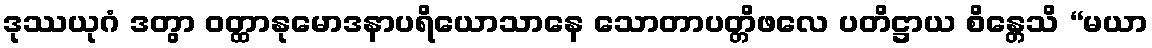
ဒုဿယုဂံ ဒတွာ ဝတ္ထာနုမောဒနာပရိယောသာနေ သောတာပတ္တိဖလေ ပတိဋ္ဌာယ စိန္တေသိ “မယာ